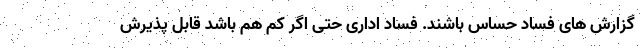
گزارش های فساد حساس باشند. فساد اداری حتی اگر کم هم باشد قابل پذیرش